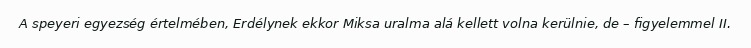
A speyeri egyezség értelmében, Erdélynek ekkor Miksa uralma alá kellett volna kerülnie, de – figyelemmel II.